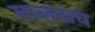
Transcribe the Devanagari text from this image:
मालकच